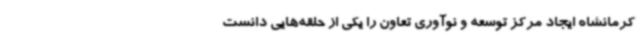
کرمانشاه ایجاد مرکز توسعه و نوآوری تعاون را یکی از حلقه‌هایی دانست